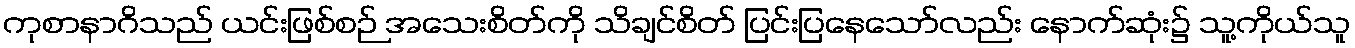
ကုစာနာဂိသည် ယင်းဖြစ်စဉ် အသေးစိတ်ကို သိချင်စိတ် ပြင်းပြနေသော်လည်း နောက်ဆုံး၌ သူ့ကိုယ်သူ